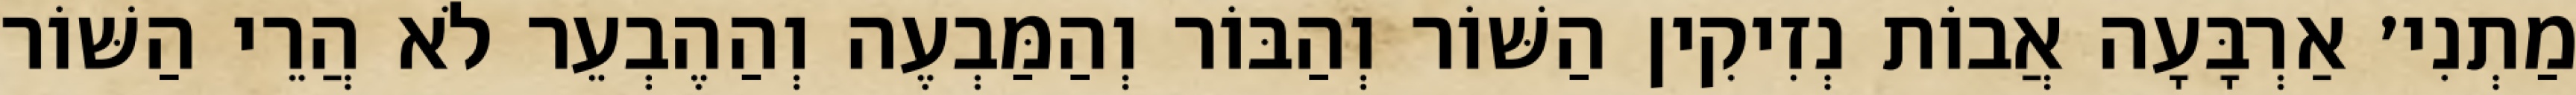
מַתְנִי׳ אַרְבָּעָה אֲבוֹת נְזִיקִין הַשּׁוֹר וְהַבּוֹר וְהַמַּבְעֶה וְהַהֶבְעֵר לֹא הֲרֵי הַשּׁוֹר